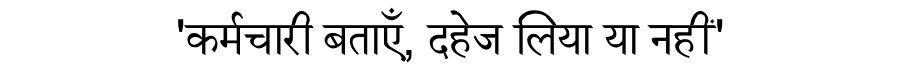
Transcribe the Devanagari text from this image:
'कर्मचारी बताएँ, दहेज लिया या नहीं'